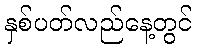
နှစ်ပတ်လည်နေ့တွင်